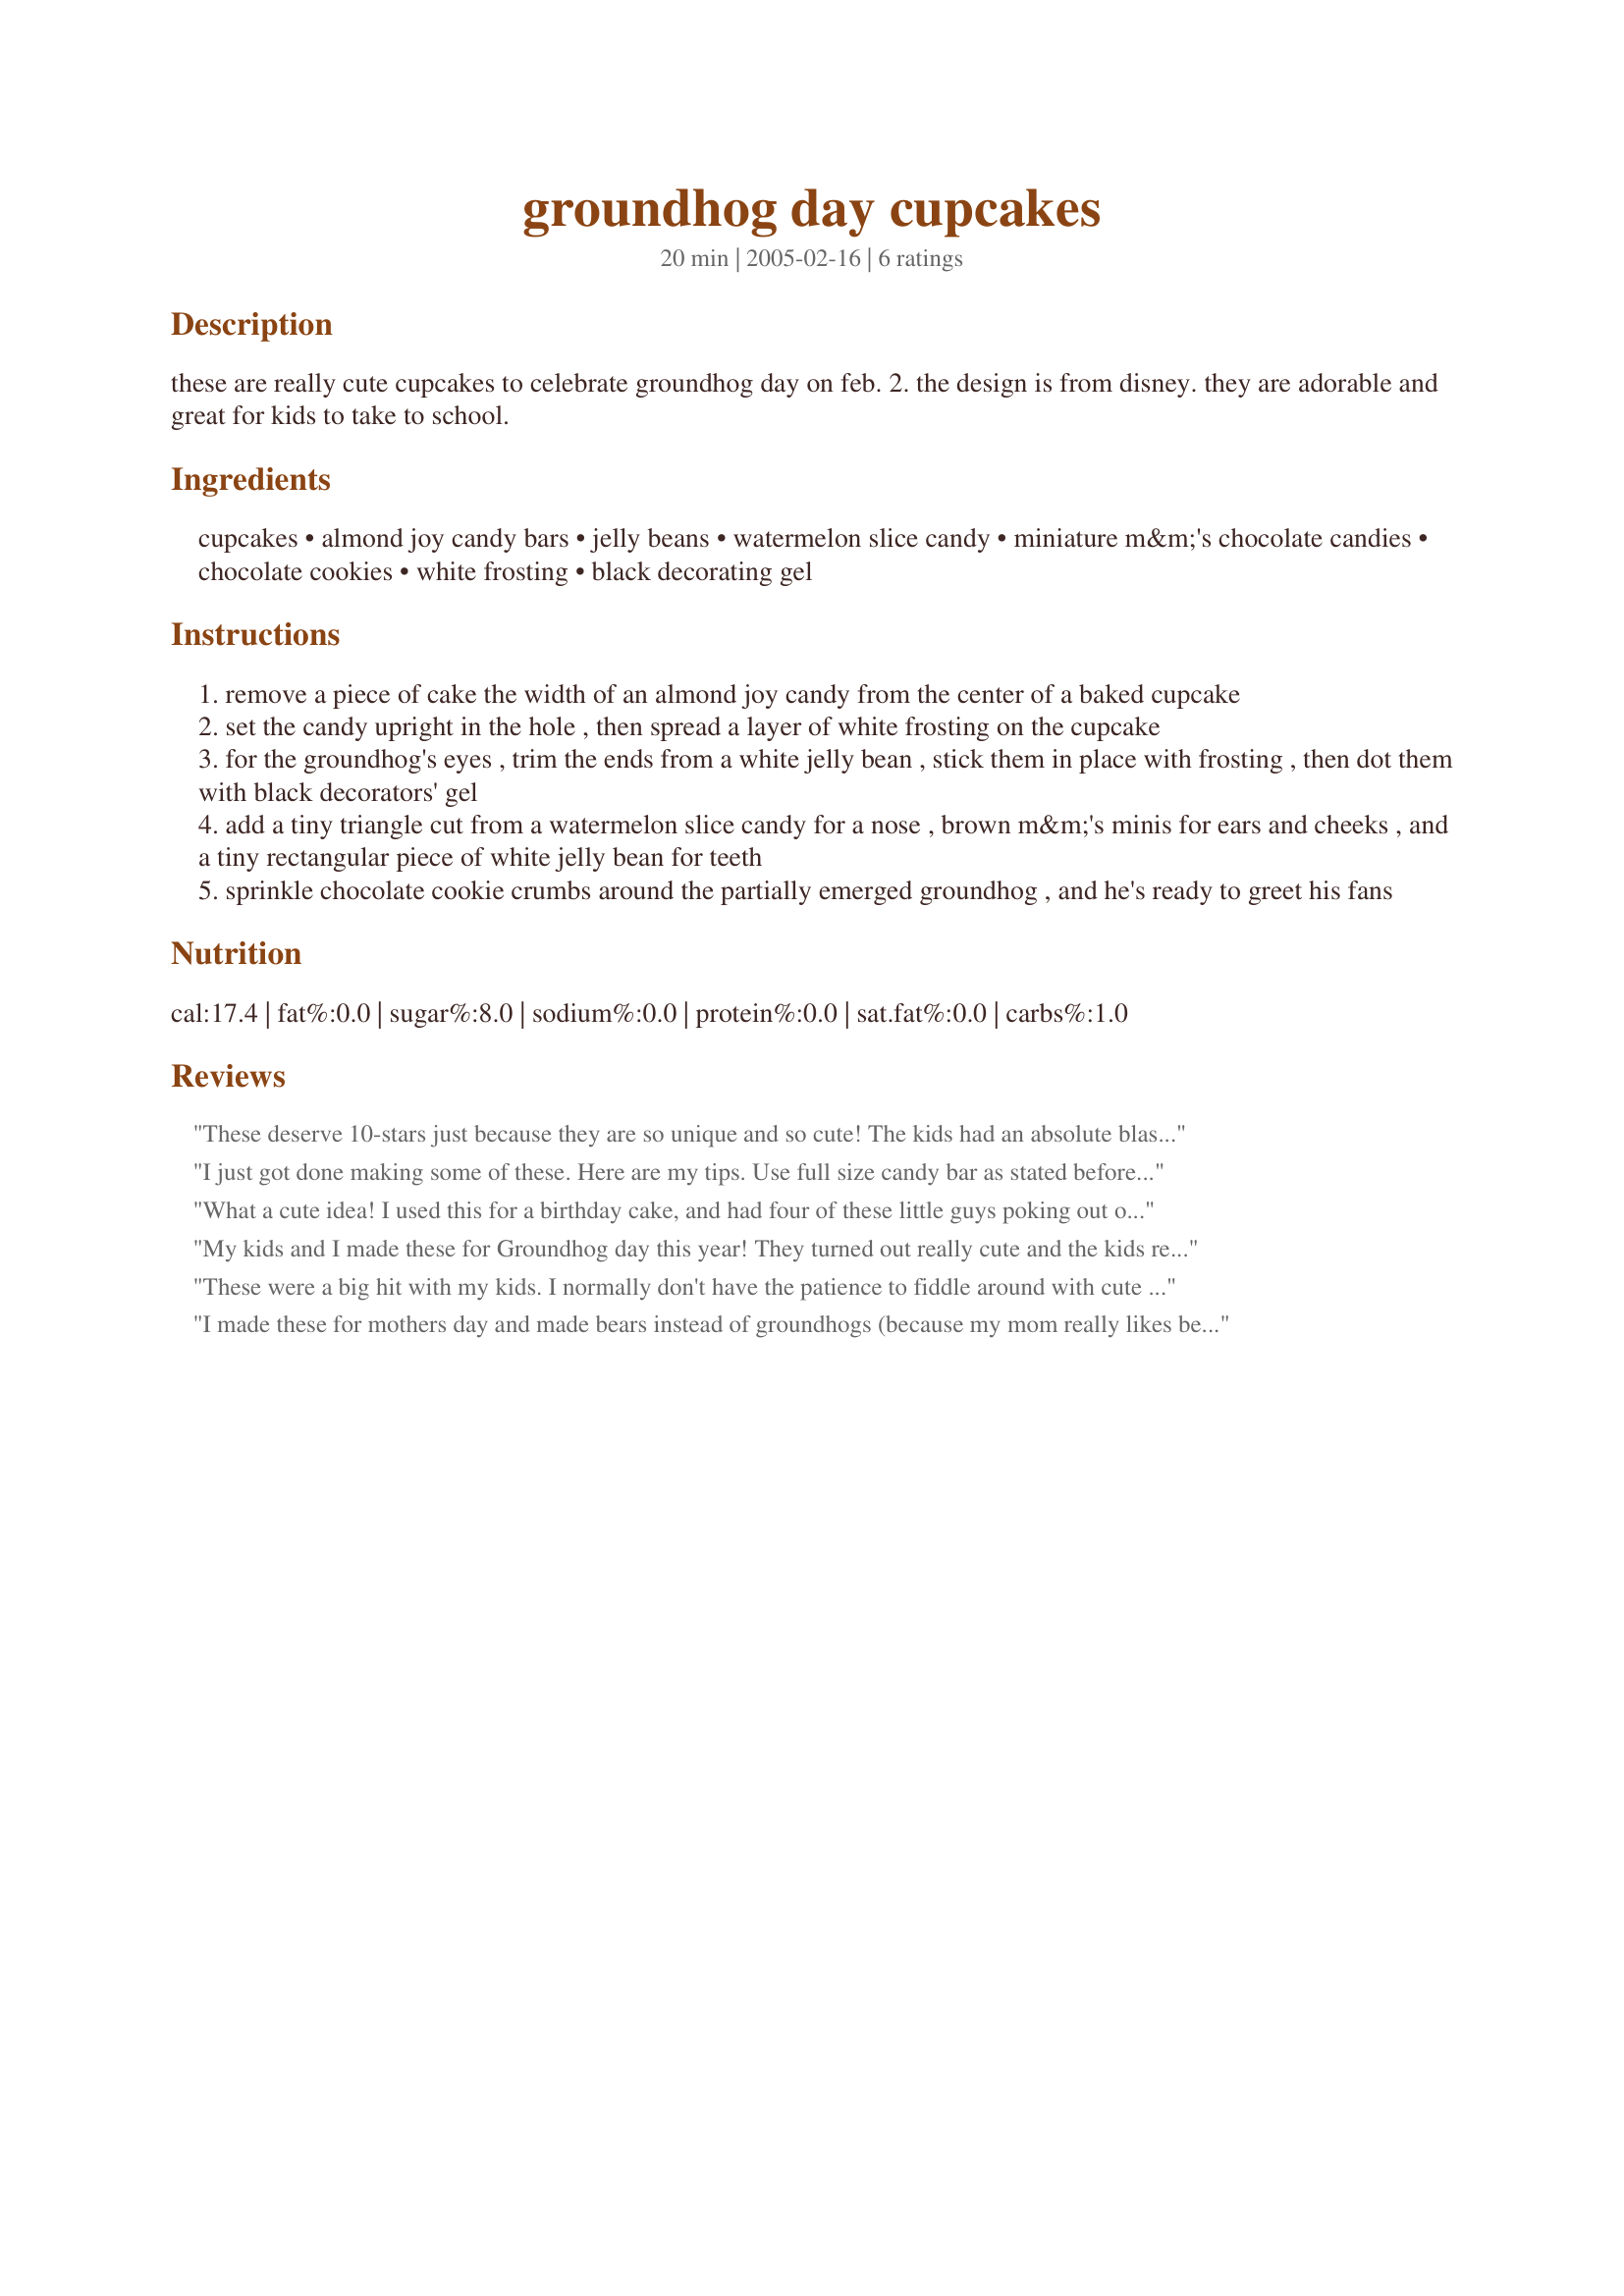
groundhog day cupcakes
Preparation time: 20 minutes

these are really cute cupcakes to celebrate groundhog day on feb. 2. the design is from disney. they are adorable and great for kids to take to school.

Ingredients:
cupcakes, almond joy candy bars, jelly beans, watermelon slice candy, miniature m&m's chocolate candies, chocolate cookies, white frosting, black decorating gel

Steps:
remove a piece of cake the width of an almond joy candy from the center of a baked cupcake
set the candy upright in the hole , then spread a layer of white frosting on the cupcake
for the groundhog's eyes , trim the ends from a white jelly bean , stick them in place with frosting , then dot them with black decorators' gel
add a tiny triangle cut from a watermelon slice candy for a nose , brown m&m's minis for ears and cheeks , and a tiny rectangular piece of white jelly bean for teeth
sprinkle chocolate cookie crumbs around the partially emerged groundhog , and he's ready to greet his fans

Reviews:
These deserve 10-stars just because they are so unique and so cute! The kids had an absolute blast making them. A few hints...you definitely have to get the full size Almond Joys. The snack size only has one almond and since it is in the middle of the bar, you can't use it for the face. (I sure am glad there is a gas station right down the road, hehehe.) We found it worked best to apply each face with the candy bar laying flat on the counter. Then, once the icing had 'set' so the m&m's etc. wouldn't fall off, you could put it into the cupcake and the put the ears on. We also felt it was easier to ice the cupcake and then cut the hole out. We ran out of mini brown m&m's so we then used mini chocolate chips for the ears on most of them. I had heart shaped sprinkles for Valentines and we used red ones for the nose and the white ones broken in half for the tooth. I used white icing for the eyes with a bit of purple gummy candies for the pupil. Next time I'll make some chocolate icing for the "glue" so it doesn't show up as much as the white. I used a 1/2 recipe of Recipe #2496 for the 12 cupcakes and Recipe #95416 for the icing. Thanks for sharing such a great kid-friendly recipe!!!
I just got done making some of these. Here are my tips.
Use full size candy bar as stated before. Cut out hole in cupcake 1st then set cut out cake aside. Frost cupcake then sprinkle on the cut out as crumbs. Then push in your predecorated groundhog. This would be good for a grade school project.
What a cute idea! I used this for a birthday cake, and had four of these little guys poking out of it. Took the advice of Marg, and used the full size almond joy bars (2), making 4 total groundhogs. I used a few melted chocolate chips to 'glue' on all the pieces. Used brown M&M mini's for the ears, a glob of white frosting with a round black jimmy sprinkle for the eyes, and a large round flat black sprinkle to build up the mouth, and then stuck two white long jimmies to that for his teeth. They are time consuming- but very cute when all constructed and are burrowing out of your cake! Thanks for the fun idea!
My kids and I made these for Groundhog day this year! They turned out really cute and the kids really had fun putting them together. Thank you for posting this cute idea!
These were a big hit with my kids. I normally don't have the patience to fiddle around with cute little cupcakes, but I gave it my best shot. Here are my recommendations: 1) I think Mounds candy bar would work better. That almond in the almond joy just seemed to get in the way. I ended up putting my groundhog face on the back of the almond joy because the almond was just too big to work around in the front. 2)Buy the full size candy bars. I tried the small size and they were too small to work with, 3) if you make 12 cupcakes, you actually need 12 jelly beans, not 10. I also cheated and used a non-toxic crayola marker to make the pupils on the eyes. I couldn't find the black decorating gel, so I just used the marker. As I said, the kids were thrilled with these, so the effort was worth it! :)
I made these for mothers day and made bears instead of groundhogs (because my mom really likes bears)
